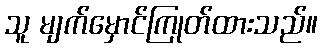
သူ မျက်မှောင်ကြုတ်ထားသည်။